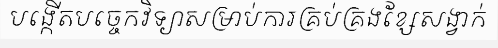
បង្កើតបច្ចេកវិទ្យាសម្រាប់ការគ្រប់គ្រងខ្សែសង្វាក់